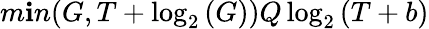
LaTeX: m\mathbf{i}n(G,T+\log_{2}{(G)})Q\log_{2}{(T+b)}